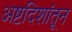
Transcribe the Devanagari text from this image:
अष्टदिशांतून